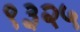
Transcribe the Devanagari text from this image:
९३२५